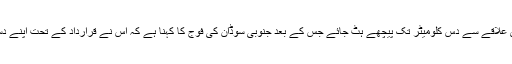
قرارداد میں جنوبی سوڈان کی فوج سے کہا گیا تھا کہ وہ سرحدی علاقے سے دس کلومیٹر تک پیچھے ہَٹ جائے جس کے بعد جنوبی سوڈان کی فوج کا کہنا ہے کہ اس نے قرارداد کے تحت اپنے دستوں کو سرحدی علاقے سے دس کلومیٹر تک پیچھے ہٹا لیا ہے۔